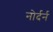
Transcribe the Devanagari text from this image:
नोर्दर्न